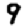
Digit: 9